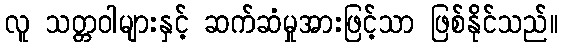
လူ သတ္တဝါများနှင့် ဆက်ဆံမှုအားဖြင့်သာ ဖြစ်နိုင်သည်။